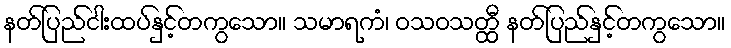
နတ်ပြည်ငါးထပ်နှင့်တကွသော။ သမာရကံ၊ ဝသဝသတ္ထီ နတ်ပြည်နှင့်တကွသော။